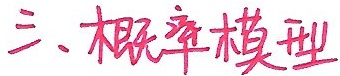
三、概率模型